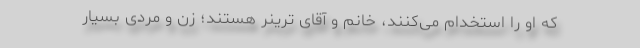
که او را استخدام می‌کنند، خانم و آقای ترینر هستند؛ زن و مردی بسیار